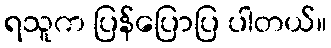
ရသူက ပြန်ပြောပြ ပါတယ်။